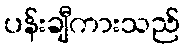
ပန်းချီကားသည်